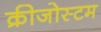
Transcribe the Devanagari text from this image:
क्रीजोस्टम